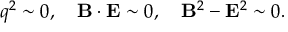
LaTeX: q ^ { 2 } \sim 0 , \quad { \bf B } \cdot { \bf E } \sim 0 , \quad { \bf B } ^ { 2 } - { \bf E } ^ { 2 } \sim 0 .